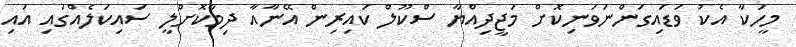
މީހަކާ އެކު ވަޑައިގަންނަވަނިކޮށް މަޖީދިއްޔާ ސްކޫލް ކައިރިން އޭނާއާ ދިމާކޮށްލީ ސައިކަލެއްގައި އައި